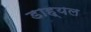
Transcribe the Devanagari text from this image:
डाह्यल